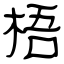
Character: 梧